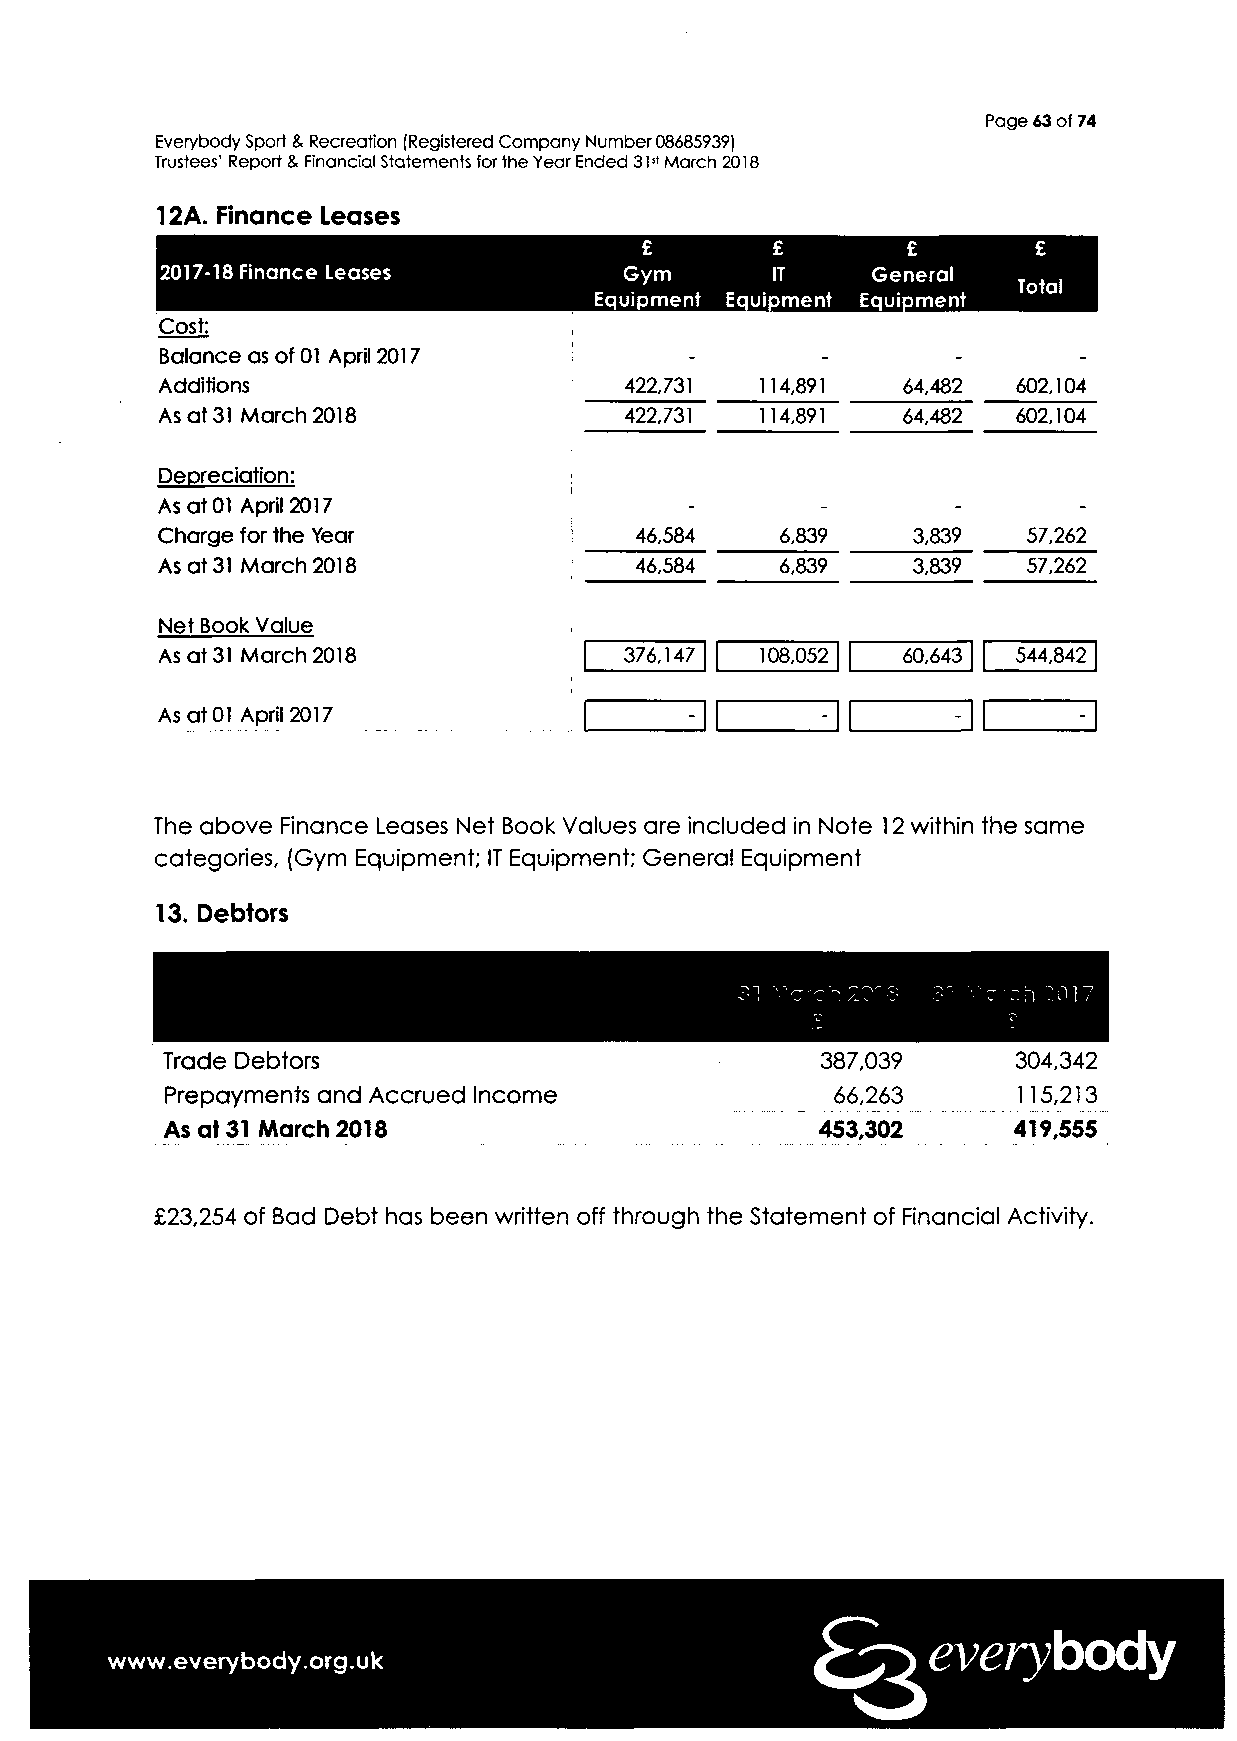
Page 63 of 74
 Everybody Sport 8. Recreation (Registered Company Number 08685939)
 Trustees' Report & Financial Statements for the Year Ended 31st March 2018
 12A. Finance Leases
 £        £        £       £
 2017-18 Finance Leases        Gym       IT     General
 TToottaall
 Equipment Equipment Equipment
 Cost:
 Balance as of 01 April 2017
 Additions                      422,731   114,891  64,432  602,104
 422,731   114,891  64,482  602,104
 As at 31 March 2018
 Depreciation:
 As at 01 April 2017         '       -
 Charge for the Year         i   46,584    6,839    3,839  57,262
 As at 31 March 2018             46,584    6,839    3,839   57,262
 Net Book Value
 As at 31 March 2018            376,147  108,052   60,643 544,842
 As at 01 April 2017
 The above Finance Leases Net Book Values are included in Note 12 within the same
 categories, (Gym Equipment; IT Equipment; General Equipment
 13. Debtors
 Trade Debtors                              387,039      304,342
 Prepayments and Accrued Income              66,263       115,213
 As at 31 March 2018                        453,302      419,555
 £23,254 of Bad Debt has been written off through the Statement of Financial Activity.
 everybody
 www.everybody.org.uk